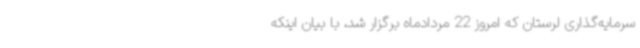
سرمایه‌گذاری لرستان که امروز 22 مردادماه برگزار شد، با بیان اینکه